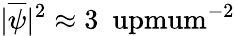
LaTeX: |\overline{{\psi}}|^{2}\approx 3~\mathrm{\ upmum^{-2}}